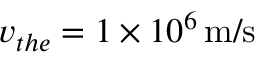
v _ { t h e } = 1 \times 1 0 ^ { 6 } \, \mathrm { m / s }